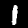
Digit: 1